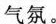
气氛。